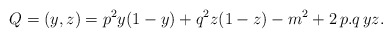
\begin{align*}Q = (y, z) = p^2 y (1-y) + q^2 z (1-z) - m^2 + 2 \, p.q\, yz.\end{align*}